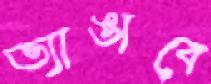
ভ্যাঙাবে